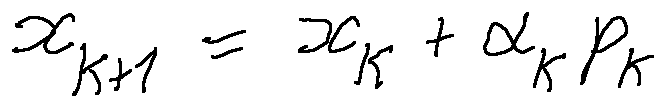
x _ { k + 1 } = x _ { k } + \alpha _ { k } p _ { k }